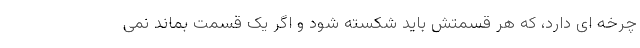
چرخه ای دارد، که هر قسمتش باید شکسته شود و اگر یک قسمت بماند نمی‌